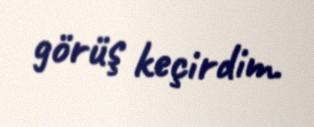
görüş keçirdim.